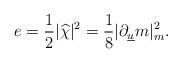
LaTeX: \begin{align*} e=\frac{1}{2} |\widehat{\chi} |^2 = \frac{1}{8} |\partial_{\underline{u}} m |_{m}^2.\end{align*}